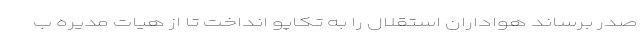
صدر برساند هواداران استقلال را به تکاپو انداخت تا از هیات مدیره ب